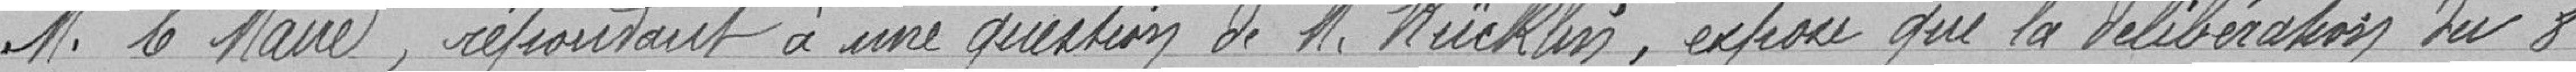
Monsieur le Maire, répondant à une question de Monsieur Kücklin, expose que la délibération du 8